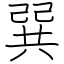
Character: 巽